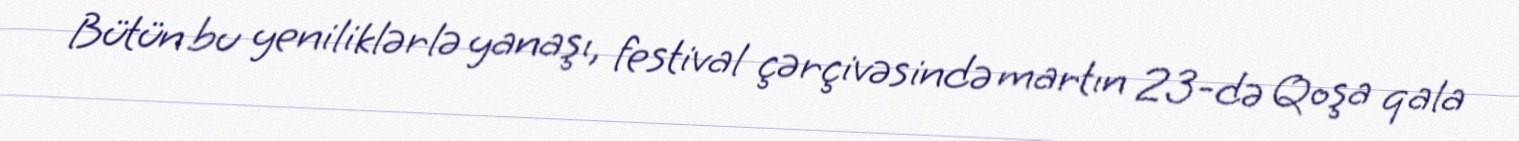
Bütün bu yeniliklərlə yanaşı, festival çərçivəsində martın 23-də Qoşa qala